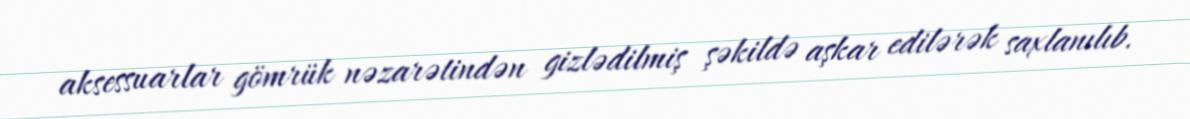
aksessuarlar gömrük nəzarətindən gizlədilmiş şəkildə aşkar edilərək saxlanılıb.